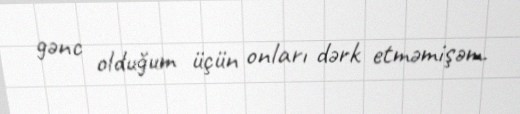
gənc olduğum üçün onları dərk etməmişəm.